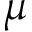
\mu